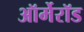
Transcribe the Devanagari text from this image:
ऑर्मेरॉड